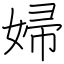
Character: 婦